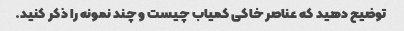
توضیح دهید که عناصر خاکی کمیاب چیست و چند نمونه را ذکر کنید.